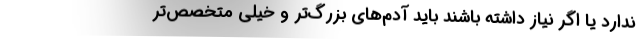
ندارد یا اگر نیاز داشته باشند باید آدم‌های بزرگ‌تر و خیلی متخصص‌تر